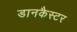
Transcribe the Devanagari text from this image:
डानकैस्टर